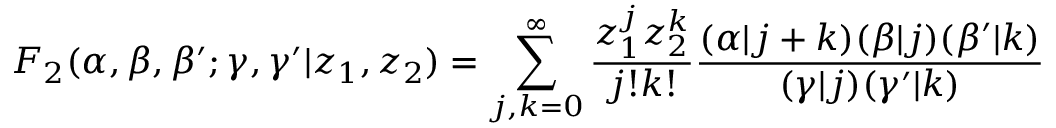
F _ { 2 } ( \alpha , \beta , \beta ^ { \prime } ; \gamma , \gamma ^ { \prime } | z _ { 1 } , z _ { 2 } ) = \sum _ { j , k = 0 } ^ { \infty } \frac { z _ { 1 } ^ { j } z _ { 2 } ^ { k } } { j ! k ! } \frac { ( \alpha | j + k ) ( \beta | j ) ( \beta ^ { \prime } | k ) } { ( \gamma | j ) ( \gamma ^ { \prime } | k ) }